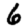
Digit: 6